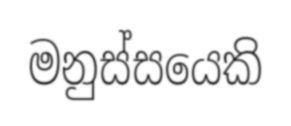
මනුස්සයෙකි